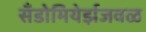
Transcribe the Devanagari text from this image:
सँडोमियेर्झजवळ